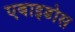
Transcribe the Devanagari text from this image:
एबाइडोस